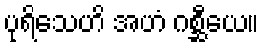
ပုရိသေဟိ အဟံ ဂစ္ဆီယေ။